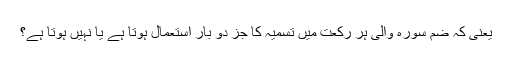
یعنی کہ ضم سورہ والی ہر رکعت میں تسمیہ کا جُز دو بار استعمال ہوتا ہے یا نہیں ہوتا ہے؟